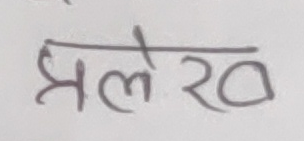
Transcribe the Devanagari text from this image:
झलेर २०